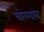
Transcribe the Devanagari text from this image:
चोरगांव